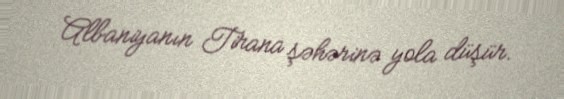
Albaniyanın Tirana şəhərinə yola düşür.